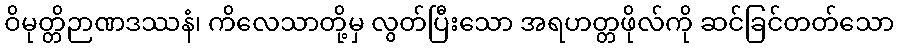
ဝိမုတ္တိဉာဏဒဿနံ၊ ကိလေသာတို့မှ လွတ်ပြီးသော အရဟတ္တဖိုလ်ကို ဆင်ခြင်တတ်သော